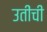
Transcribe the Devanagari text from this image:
उतींची